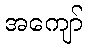
အကျော်